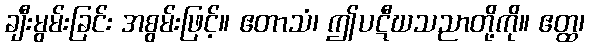
ချီးမွမ်းခြင်း အစွမ်းဖြင့်။ ဧတာသံ၊ ဤပဋီဃသညာတို့ကို။ ဧတ္ထ၊